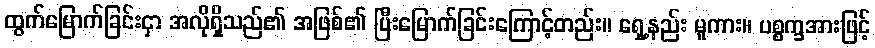
ထွက်မြောက်ခြင်းငှာ အလိုရှိသည်၏ အဖြစ်၏ ပြီးမြောက်ခြင်းကြောင့်တည်း။ ရှေ့နည်း မူကား။ ပစ္စက္ခအားဖြင့်